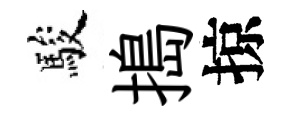
駿搗掠